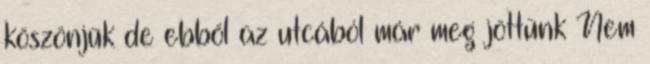
köszönjük de ebből az utcából már meg jöttünk Nem